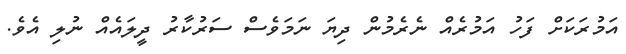
އަމުރަކަށް ފަހު އަމުރެއް ނެރެމުން ދިޔަ ނަމަވެސް ސަރުކާރު ދީލައެއް ނުލި އެވެ.